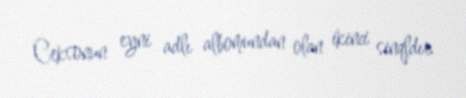
Ceksonun eyni adlı albomundan olan ikinci sinqldır.